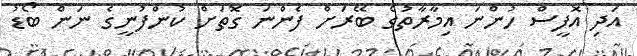
އަދި އޮފީސް ހުންނަ އިމާރާތުގެ ބޭރަށް ފެންނަ ގޮތަށް ކުންފުނީގެ ނަން ބޯޑު